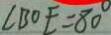
\angle B O E = 8 0 ^ { \circ }